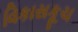
વિકાસકૂચ